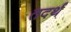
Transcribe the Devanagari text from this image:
तदर्थं